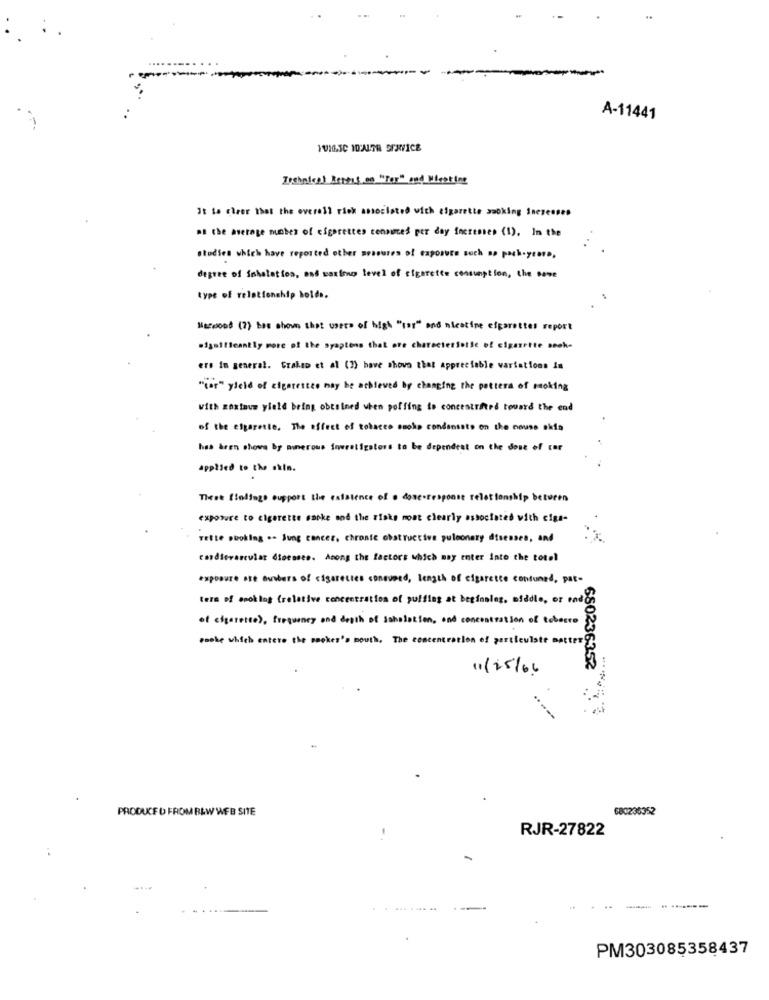
A-11441
Irshnles! Bethis on "for" and Wireting
It la cheer that the overall rick associated with cigarette smoking Ineseones
at the average member of elgarettes consumes per day increases (1). In the
studies which have reported other assoures of exposure such as pack-years.
degree of Sohalation, and wontono level of cigarette consumption, the same
type of relationship holds.
Harwood (7) has shown that users of high "(ar" and nicotine efgarottes report
significantly more of the syaptens that ore characterSetle of cigarette seek-
ers in general. Gralao et al (7) have shove that appreciable variations in
"(or" yield of cigarettes may be achieved by changing the potters of cooking
with goxtaum yield bring obtained when poffing to concentrated toward the end
of the elgarette. The effect of tobacco smoke condanssts on the mouse skia
has aren chowe by numerous frwretigators to be dependent on the dose of car
applied to the skin.
These (tolingo support the existence of . donc.response relationship between
exposure to cigarette sacke and the risks most clearly associated with cigs-
vette booking .. Jung cancer, chronic obstructive pulmonary diseases, and
cardiovascular diseases. Among the factors which may enter into the total
exposure ate euubers of cigarettes consumed, length of cigarette contuned, pat-
term of smoking (relative concentration of puffing at beginning, middle, or rad
of efgerente), frequency and depth of Saholation, and concentration of tobeuro
poole which entero the bookes's mouth, The concentration of particulate matter?
11/25/66
680236352.
---
PRODUCED FROM B&W WEB SITE
680236352
RJR-27822
-------
PM303085358437